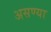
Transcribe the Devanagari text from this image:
असण्या